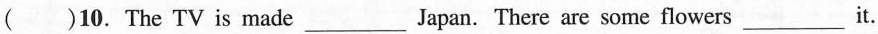
( )10. The TV is made___Japan. There are some flowers___it.